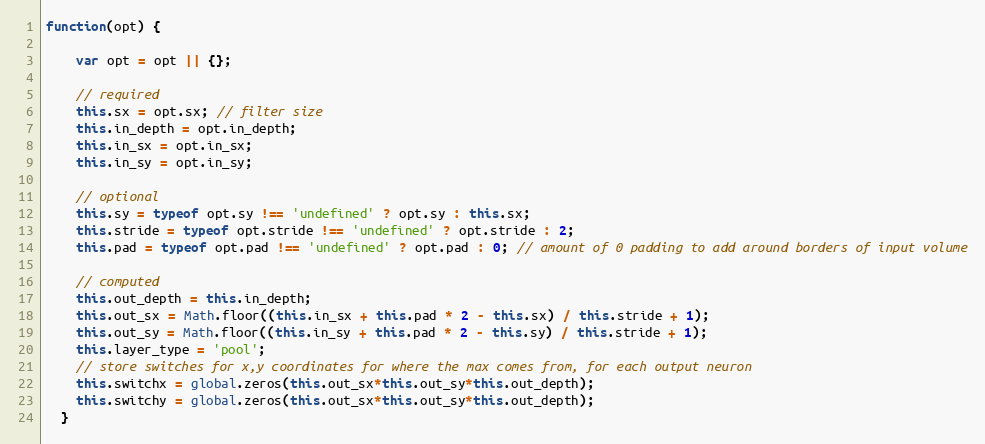
Language: JavaScript
function(opt) {

    var opt = opt || {};

    // required
    this.sx = opt.sx; // filter size
    this.in_depth = opt.in_depth;
    this.in_sx = opt.in_sx;
    this.in_sy = opt.in_sy;

    // optional
    this.sy = typeof opt.sy !== 'undefined' ? opt.sy : this.sx;
    this.stride = typeof opt.stride !== 'undefined' ? opt.stride : 2;
    this.pad = typeof opt.pad !== 'undefined' ? opt.pad : 0; // amount of 0 padding to add around borders of input volume

    // computed
    this.out_depth = this.in_depth;
    this.out_sx = Math.floor((this.in_sx + this.pad * 2 - this.sx) / this.stride + 1);
    this.out_sy = Math.floor((this.in_sy + this.pad * 2 - this.sy) / this.stride + 1);
    this.layer_type = 'pool';
    // store switches for x,y coordinates for where the max comes from, for each output neuron
    this.switchx = global.zeros(this.out_sx*this.out_sy*this.out_depth);
    this.switchy = global.zeros(this.out_sx*this.out_sy*this.out_depth);
  }